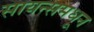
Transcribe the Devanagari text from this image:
सायन्समधून